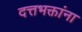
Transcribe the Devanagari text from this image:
दत्तभक्तांना